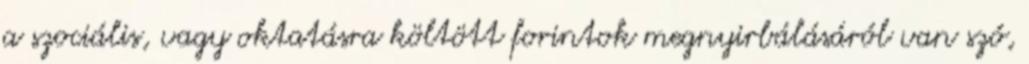
a szociális, vagy oktatásra költött forintok megnyirbálásáról van szó,